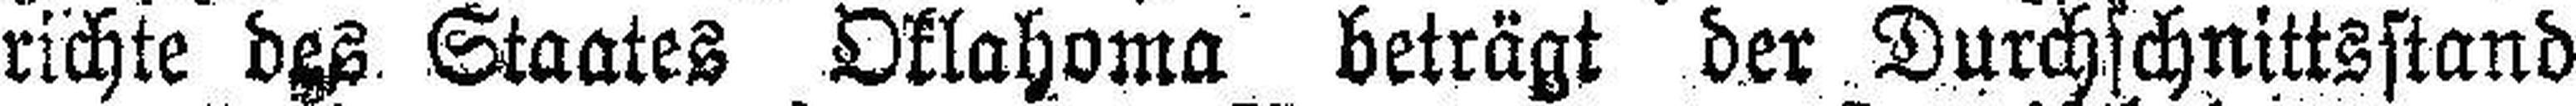
richte des Staates Oklahoma beträgt der Durchschnittsstand